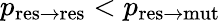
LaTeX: p_{\mathrm{res\to res}}<p_{\mathrm{res\to mut}}